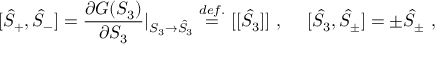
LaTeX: [ \hat { S } _ { + } , \hat { S } _ { - } ] = \displaystyle \frac { \partial G ( S _ { 3 } ) } { \partial S _ { 3 } } \vert _ { S _ { 3 } \to \hat { S } _ { 3 } } \stackrel { d e f . } { = } [ [ \hat { S _ { 3 } } ] ] ~ , ~ ~ ~ ~ [ \hat { S } _ { 3 } , \hat { S } _ { \pm } ] = \pm \hat { S } _ { \pm } ~ ,